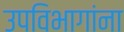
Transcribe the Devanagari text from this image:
उपविभागांना